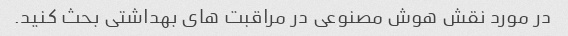
در مورد نقش هوش مصنوعی در مراقبت های بهداشتی بحث کنید.